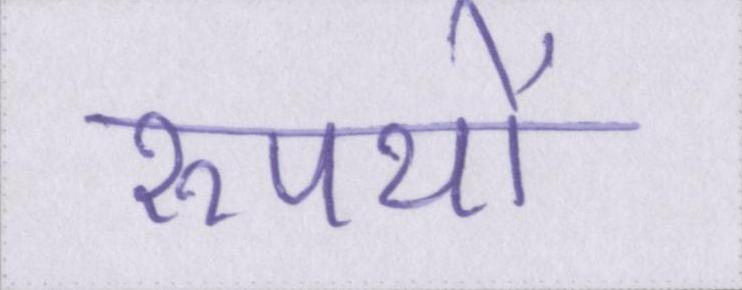
रूपयों